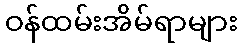
ဝန်ထမ်းအိမ်ရာများ